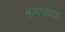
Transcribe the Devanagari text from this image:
झागनाशक